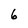
Character: 6